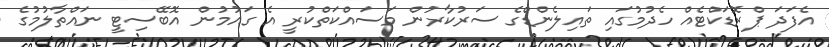
އެފަދަ ޕްރޮޑަކްޓެއް ހެދުމުގައި ތައިލެންޑްގެ ސަރުކާރުން މަސައްކަތްކުރީ އެ ގައުމުން އޮބޭސިޓީ ނައްތާލުމުގެ